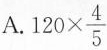
A.$$1 2 0 \times \frac { 4 } { 5 }